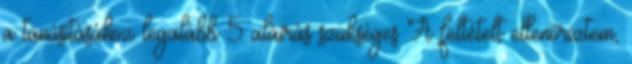
a tanúsításához legalább 5 aláírás szükséges A feltételt ellenőriztem,